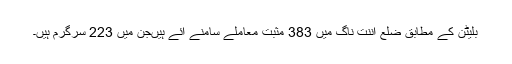
بلیٹن کے مطابق ضلع اننت ناگ میں 383 مثبت معاملے سامنے آئے ہیںجن میں 223 سرگرم ہیں۔